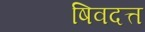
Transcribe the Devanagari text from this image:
षिवदत्त